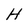
Character: H